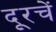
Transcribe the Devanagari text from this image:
दूरचें